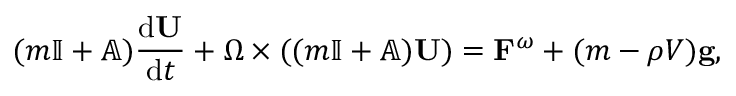
( m \mathbb { I } + \mathbb { A } ) \frac { \mathrm { d } \mathbf { U } } { \mathrm { d } t } + \boldsymbol { \Omega } \times ( ( m \mathbb { I } + \mathbb { A } ) \mathbf { U } ) = \mathbf { F } ^ { \omega } + ( m - \rho V ) \mathbf { g } ,